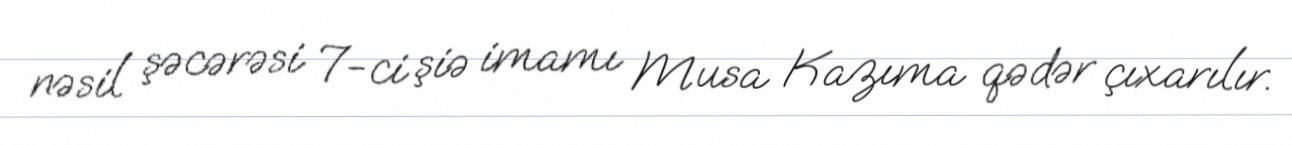
nəsil şəcərəsi 7-ci şiə imamı Musa Kazıma qədər çıxarılır.